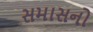
સમાસનો